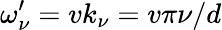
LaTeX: \omega_{\nu}^{\prime}=vk_{\nu}=v\pi\nu/d